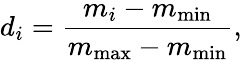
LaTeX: d_{i}=\frac{m_{i}-m_{\operatorname*{min}}}{m_{\operatorname*{max}}-m_{\operatorname*{min}}},